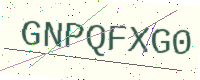
Text: GNPQFXG0